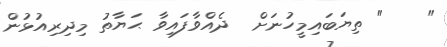
"    " ތިޔަބައިމީހުނަށް  ދެއްވާފައިވާ ޙަޔާތު މިދިރިއުޅުން